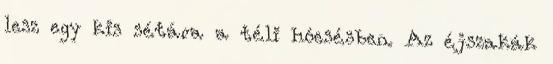
lesz egy kis sétára a téli hóesésben. Az éjszakák